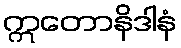
ဣတောနိဒါနံ